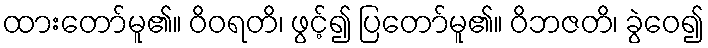
ထားတော်မူ၏။ ဝိဝရတိ၊ ဖွင့်၍ ပြတော်မူ၏။ ဝိဘဇတိ၊ ခွဲဝေ၍